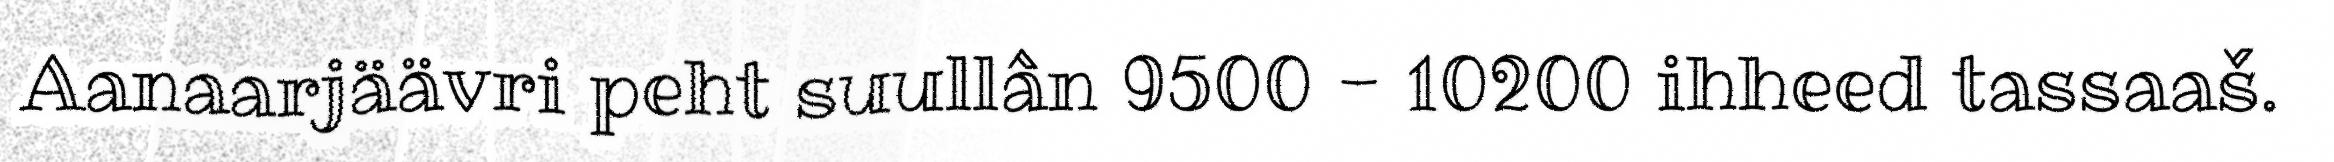
Aanaarjäävri peht suullân 9500 - 10200 ihheed tassaaš.